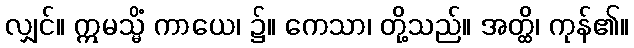
လျှင်။ ဣမသ္မိံ ကာယေ၊ ၌။ ကေသာ၊ တို့သည်။ အတ္ထိ၊ ကုန်၏။